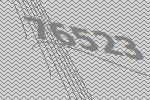
76523